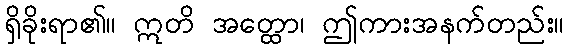
ရှိခိုးရာ၏။ ဣတိ အတ္ထော၊ ဤကားအနက်တည်း။